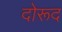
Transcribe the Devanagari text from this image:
दोरूद